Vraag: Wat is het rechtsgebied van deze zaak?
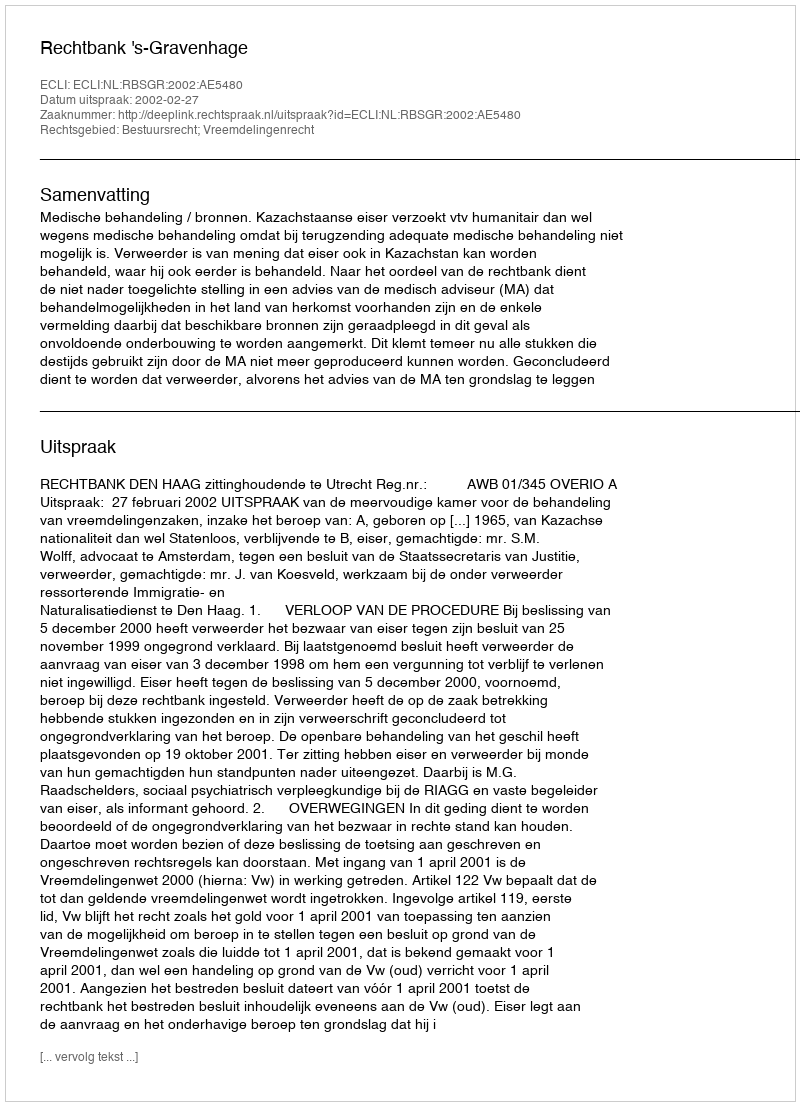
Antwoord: Bestuursrecht; Vreemdelingenrecht